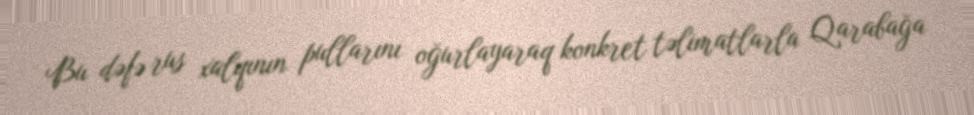
Bu dəfə rus xalqının pullarını oğurlayaraq konkret təlimatlarla Qarabağa